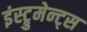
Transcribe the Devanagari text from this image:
इंस्ट्रुमेन्ट्स